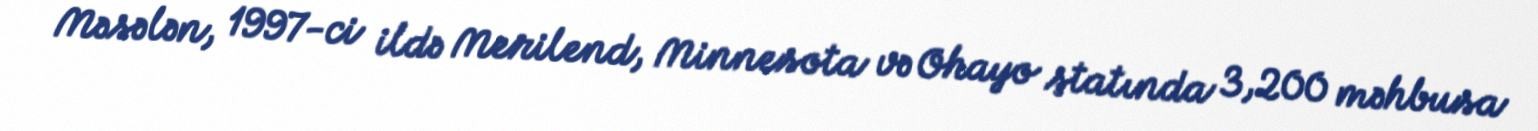
Məsələn, 1997-ci ildə Merilend, Minnesota və Ohayo ştatında 3,200 məhbusa